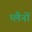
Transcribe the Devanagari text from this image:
प्लैनों